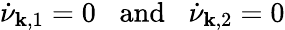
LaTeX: \dot{\nu}_{{\mathbf k},1}=0\; \; \; \mathrm{and}\; \; \; \dot{\nu}_{{\mathbf k},2}=0